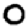
Digit: 0